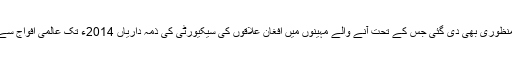
نیٹو اجلاس میں جمعہ کے روز ایک منصوبہ کی منظوری بھی دی گئی جس کے تحت آنے والے مہینوں میں افغان علاقوں کی سیکیورٹی کی ذمہ داریاں 2014ء تک عالمی افواج سے افغان فورسز کو مرحلہ وار منتقل کردی جائینگی۔